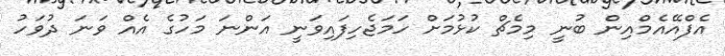
އެފްއޭއެމްއިން ބުނީ މިމެޗް ކުޅުމަށް ހަމަޖެހިފައިވަނީ އަންނަ މަހުގެ އެއް ވަނަ ދުވަހު